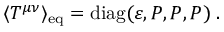
\langle T ^ { \mu \nu } \rangle _ { \mathrm { e q } } = \mathrm { d i a g } ( \varepsilon , { \cal P } , { \cal P } , { \cal P } ) \; .